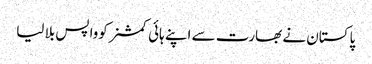
پاکستان نے بھارت سے اپنے ہائی کمشنر کوواپس بلا لیا